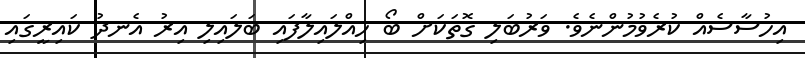
އިހުސާސެއް ކުރެވުމުންނެވެ. ވަރުބަލި ގޮތަކަށް ބޯ ހިއްލައިލާފައި ބަލައިލި އިރު އެނދު ކައިރީގައި